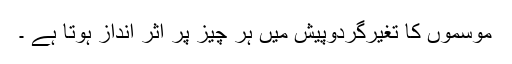
موسموں کا تغیرگردوپیش میں ہر چیز پر اثر انداز ہوتا ہے ۔